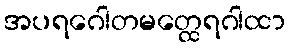
အပရဂေါတမတ္ထေရဂါထာ